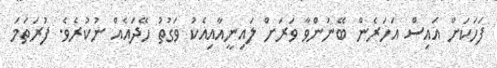
ފަހަކަށް އައިސް އަހަރެން ބޭނުންވާ ވަރަށް ލައިނީއާއިއެކު ވަގުތު ހޭދައެއް ނުކުރެވެ. ފުރަތަމަ